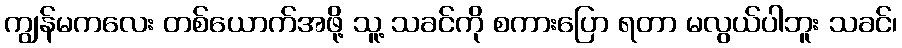
ကျွန်မကလေး တစ်ယောက်အဖို့ သူ့ သခင်ကို စကားပြော ရတာ မလွယ်ပါဘူး သခင်၊